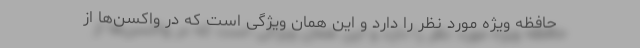
حافظه ویژه مورد نظر را دارد و این همان ویژگی است که در واکسن‌ها از